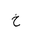
Letter: _kha